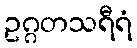
ဥဂ္ဂတသရီရံ